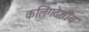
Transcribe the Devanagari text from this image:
कलिंगदेशीय